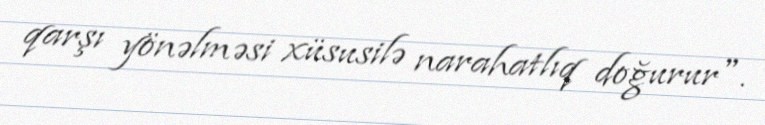
qarşı yönəlməsi xüsusilə narahatlıq doğurur".